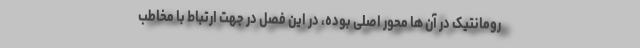
رومانتیک در آن ها محور اصلی بوده، در این فصل در جهت ارتباط با مخاطب